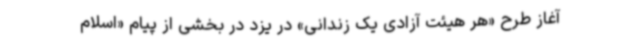
آغاز طرح «هر هیئت آزادی یک زندانی» در یزد در بخشی از پیام «اسلام